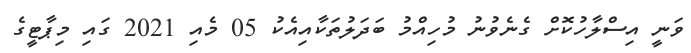
ވަނީ އިސްލާހުކޮށް ގެނެވުނު މުހިއްމު ބަދަލުތަކާއިއެކު 05 މެއި 2021 ގައި މިޕާޓީގެ